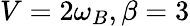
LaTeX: V=2\omega_{B},\beta=3